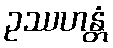
ဥဿဟန္တံ